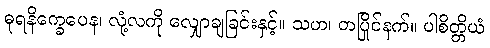
ဓုရနိက္ခေပေန၊ လုံ့လကို လျှောချခြင်းနှင့်။ သဟ၊ တပြိုင်နက်။ ပါစိတ္တိယံ